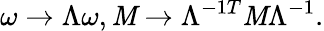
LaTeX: \omega\rightarrow\Lambda\omega,{\cal\mathit{M}}\rightarrow\Lambda^{-1T}{\cal\mathit{M}}\Lambda^{-1}.